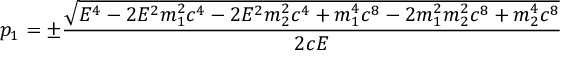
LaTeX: p _ { 1 } = \pm { \frac { \sqrt { E ^ { 4 } - 2 E ^ { 2 } m _ { 1 } ^ { 2 } c ^ { 4 } - 2 E ^ { 2 } m _ { 2 } ^ { 2 } c ^ { 4 } + m _ { 1 } ^ { 4 } c ^ { 8 } - 2 m _ { 1 } ^ { 2 } m _ { 2 } ^ { 2 } c ^ { 8 } + m _ { 2 } ^ { 4 } c ^ { 8 } } } { 2 c E } }